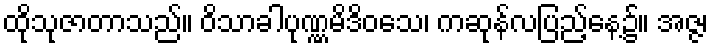
ထိုသုဇာတာသည်။ ဝိသာခါပုဏ္ဏမိဒိဝသေ၊ ကဆုန်လပြည့်နေ့၌။ အဇ္ဇ၊